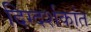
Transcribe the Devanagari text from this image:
दिग्दर्शकांत